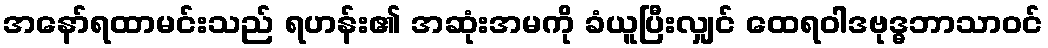
အနော်ရထာမင်းသည် ရဟန်း၏ အဆုံးအမကို ခံယူပြီးလျှင် ထေရဝါဒဗုဒ္ဓဘာသာဝင်